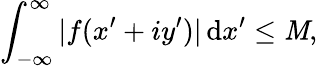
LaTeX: \int_{-\infty}^{\infty}|f(x^{\prime}+iy^{\prime})|\, \mathrm{d}x^{\prime}\leq\mathit{M},